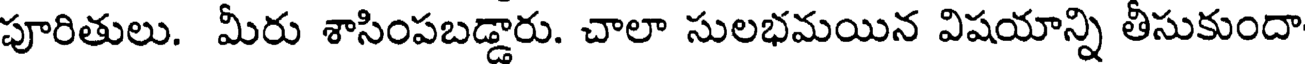
పూరితులు. మీరు శాసింపబడ్డారు. చాలా సులభమయిన విషయాన్ని తీసుకుందా